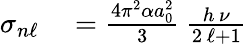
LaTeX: \begin{array}{rl}{\sigma_{n\ell}}&{{}=\frac{4\pi^{2}\alpha a_{0}^{2}}{3}\: \frac{h\, \nu}{2\, \ell+1}}\end{array}